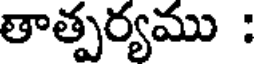
తాత్పర్యము :